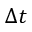
\Delta t